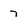
Character: 7